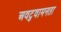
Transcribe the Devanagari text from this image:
अवटुवामनता